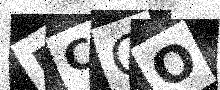
Text: MCCO